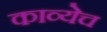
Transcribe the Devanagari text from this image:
काव्येच